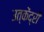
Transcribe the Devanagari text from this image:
उत्केंद्री